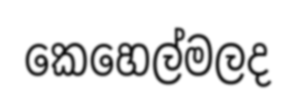
කෙහෙල්මලද